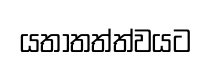
යතාතත්ත්වයට